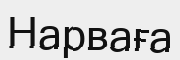
Нарваға